Report on vaccination in Madras 1922-1929 - 1922-1929
Year: 1922
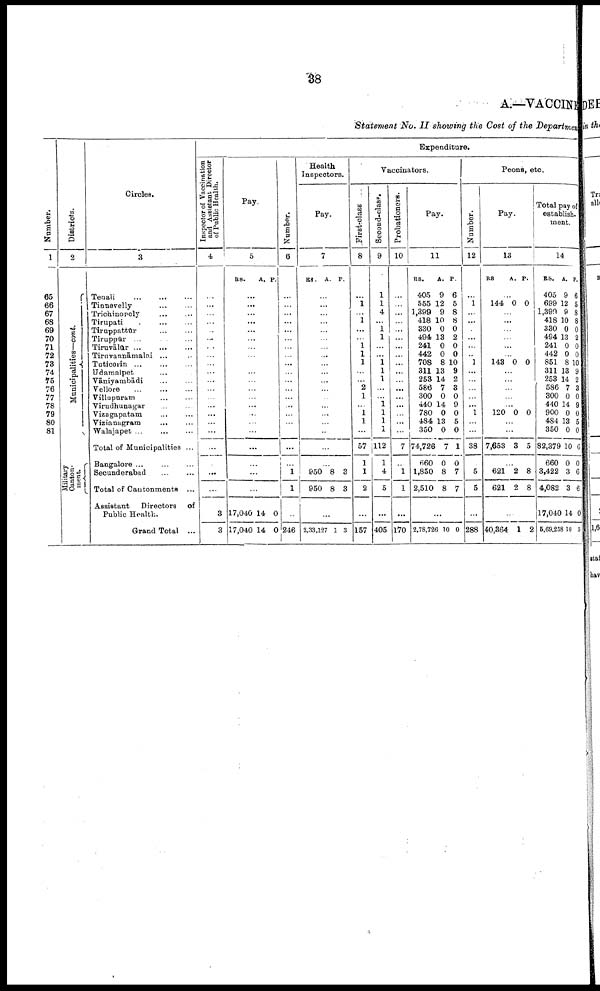
38
A.—VACCINE
Statement No. II showing the Cost of the Department
Number.
1
65
66
67
68
69
70
71
72
78
74
75
76
77
78
79
80
81
Districts.
2
Municipalities—cont.
Military
Canton-
ment.
Circles.
3
Tenali...
...
...
Tinnevelly...
...
...
Trichinopoly...
...
...
Tirupati...
...
...
Tiruppattūr...
...
...
Tiruppūr... ... ...
Tiruvālūr ... ... ...
Tiruvannāmalai... ... ...
Tuticorin...
...
...
Udamalpet... ... ...
Vāniyambādi... ... ...
Vellore...
...
...
Villupuram... ... ...
Virudhunagar... ... ...
Vizagapatam... ... ...
Vizianagram... ... ...
Walajapet... ... ...
Total of Municipalities... ...
Bangalore... ... ... ...
Secunderabad...
...
...
Total of Cantonments... ... ...
Assistant Directors of
Public Health.
Grand Total... ... ...
Expenditure.
Inspector of Vaccination
and Assistant Director
of Public Health.
4
...
...
...
...
...
...
...
...
...
...
...
...
...
...
...
...
...
...
...
...
...
3
3
Pay.
5
RS.
A. P.
...
...
...
...
...
...
...
...
...
...
...
...
...
...
...
...
...
...
...
...
...
17,040
17,040 14 0
Number.
6
...
...
...
...
...
...
...
...
...
...
...
...
...
...
...
...
...
...
...
1
1
14
246
Health
Inspectors.
Pay.
7
RS. A. P.
...
...
...
...
...
...
...
...
...
...
...
...
...
...
...
...
...
...
...
950
950
8
8
3
3
0
2,33,127 l 3
Vaccinators.
First-class
8
...
1
...
1
...
...
1
1
l
...
...
2
1
...
1
1
...
57
1
1
2
...
157
Second-class.
9
1
1
4
...
1
1
...
...
1
1
1
...
...
1
1
1
1
112
1
4
5
...
405
Probationers.
10
1
...
...
...
...
...
...
...
...
...
...
...
...
...
...
...
...
...
7
...
1
1
...
170
Pay.
11
RS.
405
555
1,399
418
330
494
241
442
708
311
253
586
300
440
780
484
350
74,726
660
1,850
2,510
A.
9
12
9
10
0
13
0
0
8
13
14
7
0
14
0
13
0
7
0
8
8
P.
6
5
8
8
0
2
0
0
10
9
2
3
0
9
0
5
0
1
0
7
7
...
2,78,726 10 0
Peons, etc
Number.
12
...
1
...
...
...
...
...
...
1
...
...
...
...
...
1
...
...
38
...
5
5
...
288
Pay.
13
RS
A. P.
...
144 0 0
...
...
...
...
...
...
143 0 0
...
...
...
...
...
120 0 0
...
...
7,653 3 5
...
621
621
2
2
8
8
...
40,864 1 2
Total pay of
establish
ment.
14
RS.
405
699
1,399
418
330
494
241
442
851
311
253
586
300
440
900
484
350
82,379
660
3,422
4,082
17,040
5,69,258
A.
9
12
9
10
0
13
0
0
8
13
14
7
0
14
0
13
0
10
0
3
3
14
10
P.
6
5
8
8
0
2
0
0
10
9
2
3
0
9
0
5
0
6
0
6
6
0
5